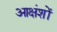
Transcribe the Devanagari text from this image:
आक्षंशों